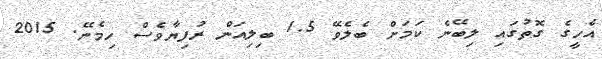
އެހީގެ ގޮތުގައި ލިބޭނެ ކަމަށް ބެލެވޭ 1.5 ބިލިއަން ރުފިޔާވެސް ހިމެނޭ. 2015